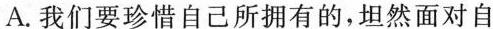
A.我们要珍惜自己所拥有的，坦然面对自